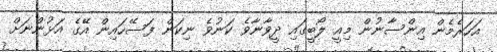
އަހަރެމެން އިންސާނުން މިއީ ލޯބީގައި ދީވާނާވެ ކަނުވެ ނިކަން ފަސޭހައިން އޭގެ އަޅުންނަށް